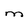
Character: M